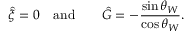
\hat { \xi } = 0 \quad \mathrm { a n d } \qquad \hat { G } = - \frac { \sin \theta _ { W } } { \cos \theta _ { W } } .